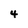
Character: 4